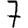
Digit: 7